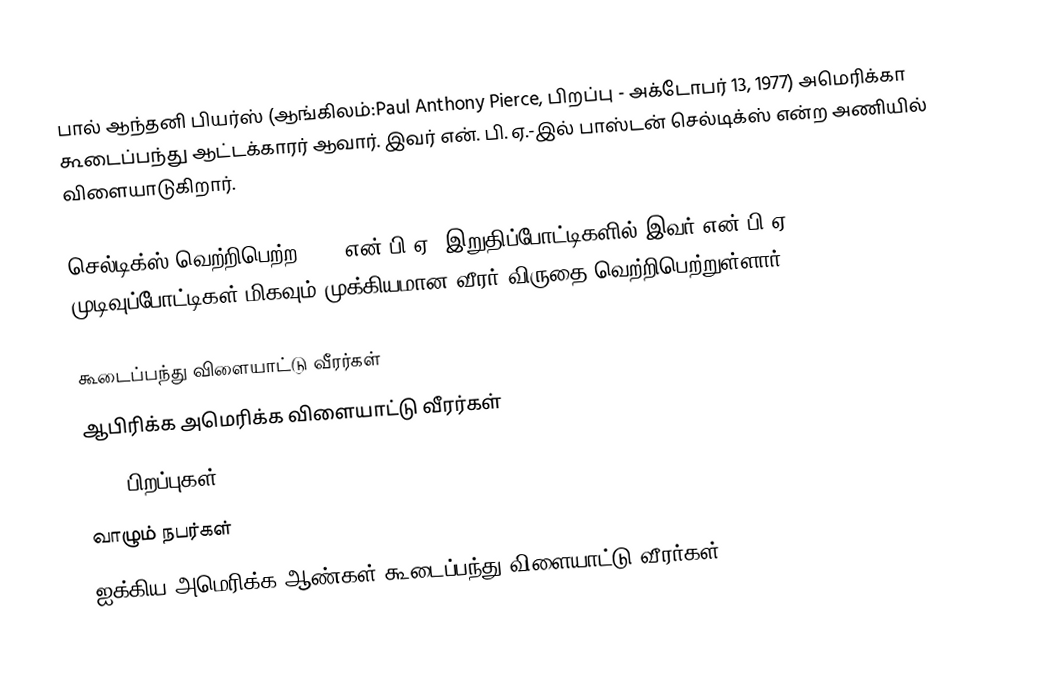
பால் ஆந்தனி பியர்ஸ் (ஆங்கிலம்:Paul Anthony Pierce, பிறப்பு - அக்டோபர் 13, 1977) அமெரிக்கா கூடைப்பந்து ஆட்டக்காரர் ஆவார். இவர் என். பி. ஏ.-இல் பாஸ்டன் செல்டிக்ஸ் என்ற அணியில் விளையாடுகிறார்.

செல்டிக்ஸ் வெற்றிபெற்ற 2008 என்.பி.ஏ. இறுதிப்போட்டிகளில் இவர் என்.பி.ஏ. முடிவுப்போட்டிகள் மிகவும் முக்கியமான வீரர் விருதை வெற்றிபெற்றுள்ளார்.

கூடைப்பந்து விளையாட்டு வீரர்கள்
ஆபிரிக்க அமெரிக்க விளையாட்டு வீரர்கள்
1977 பிறப்புகள்
வாழும் நபர்கள்
ஐக்கிய அமெரிக்க ஆண்கள் கூடைப்பந்து விளையாட்டு வீரர்கள்